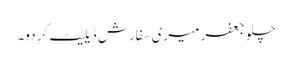
چلو جعفر میری سفارش ڈیلیٹ کر دو۔